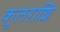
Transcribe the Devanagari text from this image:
कुलराशि